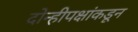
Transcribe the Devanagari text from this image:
दोन्हीपक्षांकडून